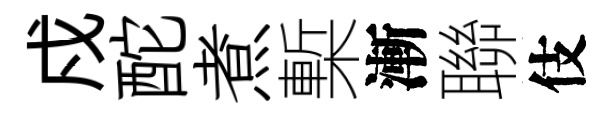
戍酡煮槧漸聯伎